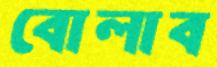
বোলাব